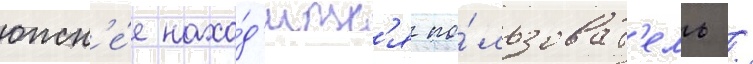
южн'е́е нахо́д'итс'я по́льзоват'ель /